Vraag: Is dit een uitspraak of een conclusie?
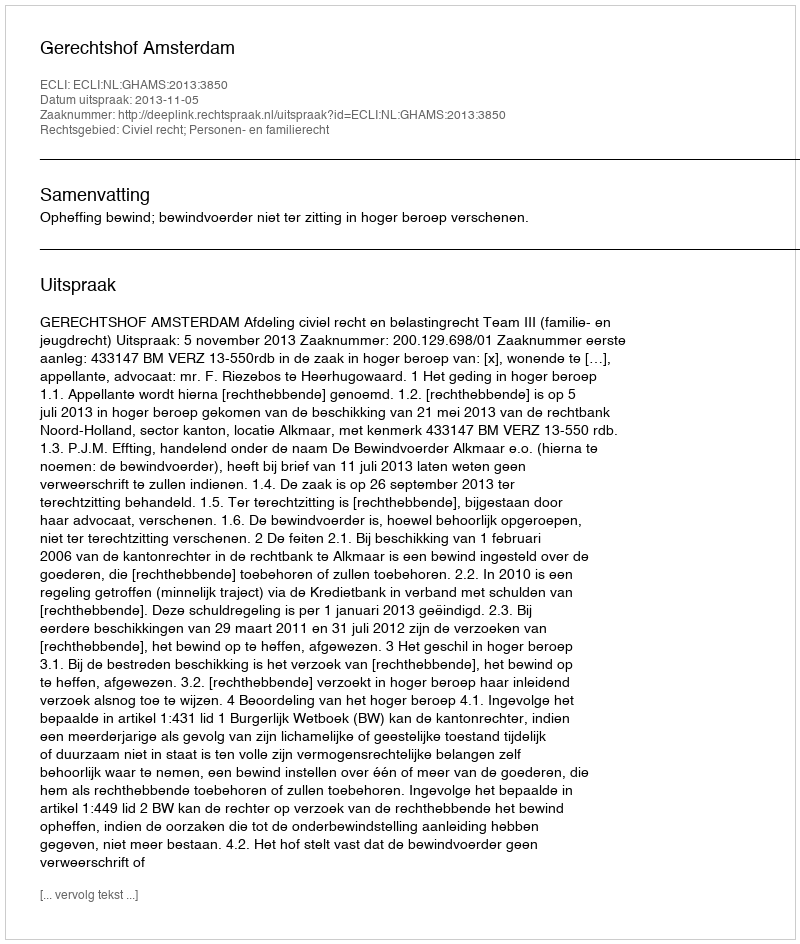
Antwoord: Uitspraak